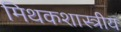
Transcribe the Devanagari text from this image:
मिथकशास्त्रीय